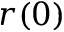
r ( 0 )